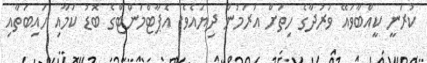
ކުރަނީ ކީއްބާވައޭ ވަރުދާގެ ހިތަށް އަރަމުން ދިޔައެވެ. އެޕާޓްމަންޓްގެ ބޮޑު ކަމާއި ހައިބަތާއި